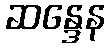
ဆန္ဒေန